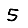
Digit: 5